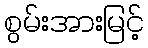
စွမ်းအားမြင့်